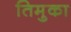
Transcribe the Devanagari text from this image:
तिमुका